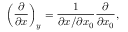
\left( \frac { \partial } { \partial x } \right) _ { y } = \frac { 1 } { \partial x / \partial x _ { 0 } } \frac { \partial } { \partial x _ { 0 } } ,